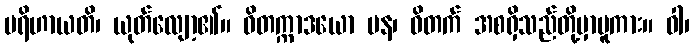
ပရိဟာယတိ၊ ယုတ်လျော့၏။ ဝိတက္ကာဒယော ပန၊ ဝိတက် အစရှိသည်တို့မှာမူကား။ ဝါ၊